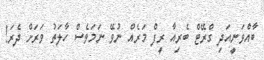
ބާއްވަނީއަދި ގްރޭޓް ބެރިއާ ރީފް މަރެއް ނުވޭ ނަމަވެސް ހާލަތު ވަރަށް ދެރަ!